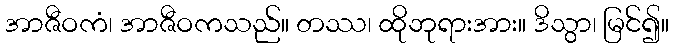
အာဇီဝကံ၊ အာဇီဝကသည်။ တဿ၊ ထိုဘုရားအား။ ဒိသွာ၊ မြင်၍။